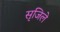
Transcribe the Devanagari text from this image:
सृजिले